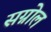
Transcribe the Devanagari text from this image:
सग्नोल